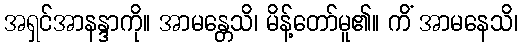
အရှင်အာနန္ဒာကို။ အာမန္တေသိ၊ မိန့်တော်မူ၏။ ကိံ အာမနေသိ၊